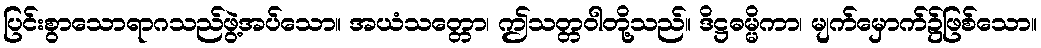
ပြင်းစွာသောရာဂသည်ဖွဲ့အပ်သော။ အယံသတ္တော၊ ဤသတ္တဝါတို့သည်။ ဒိဋ္ဌဓမ္မိကာ၊ မျက်မှောက်၌ဖြစ်သော။